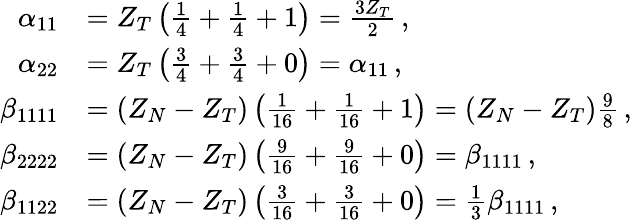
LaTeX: \begin{array}{rl}{\alpha_{11}}&{=Z_{T}\left(\frac{1}{4}+\frac{1}{4}+1\right)=\frac{3Z_{T}}{2}\, ,}\\ {\alpha_{22}}&{=Z_{T}\left(\frac{3}{4}+\frac{3}{4}+0\right)=\alpha_{11}\, ,}\\ {\beta_{1111}}&{=(Z_{N}-Z_{T})\left(\frac{1}{16}+\frac{1}{16}+1\right)=(Z_{N}-Z_{T})\frac{9}{8}\, ,}\\ {\beta_{2222}}&{=(Z_{N}-Z_{T})\left(\frac{9}{16}+\frac{9}{16}+0\right)=\beta_{1111}\, ,}\\ {\beta_{1122}}&{=(Z_{N}-Z_{T})\left(\frac{3}{16}+\frac{3}{16}+0\right)=\frac{1}{3}\beta_{1111}\, ,}\end{array}